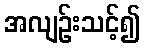
အလျဉ်းသင့်၍